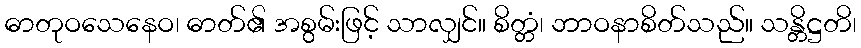
ဓာတုဝသေနေဝ၊ ဓာတ်၏ အစွမ်းဖြင့် သာလျှင်။ စိတ္တံ၊ ဘာဝနာစိတ်သည်။ သန္တိဋ္ဌတိ၊